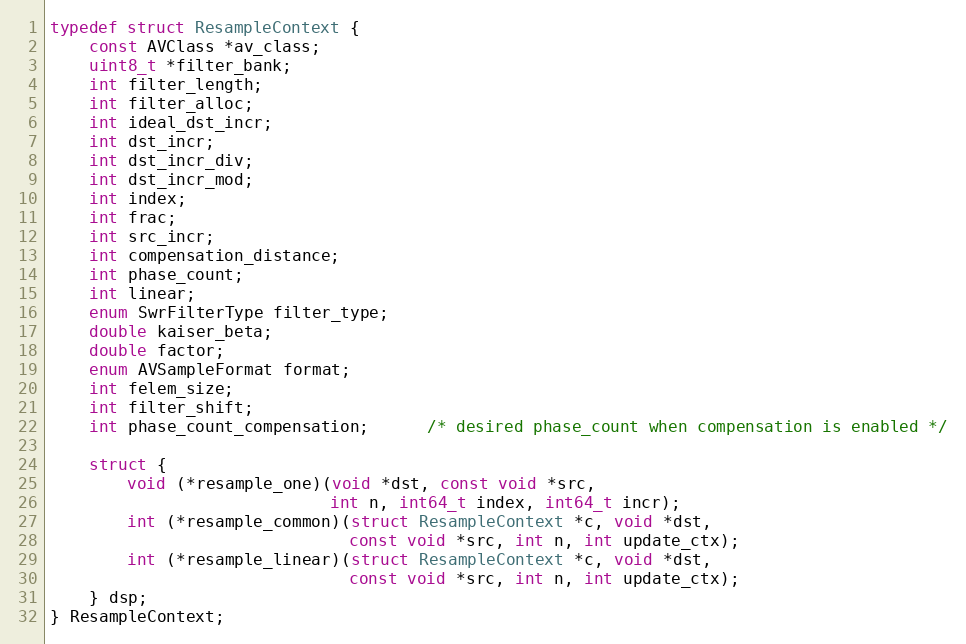
Language: C
typedef struct ResampleContext {
    const AVClass *av_class;
    uint8_t *filter_bank;
    int filter_length;
    int filter_alloc;
    int ideal_dst_incr;
    int dst_incr;
    int dst_incr_div;
    int dst_incr_mod;
    int index;
    int frac;
    int src_incr;
    int compensation_distance;
    int phase_count;
    int linear;
    enum SwrFilterType filter_type;
    double kaiser_beta;
    double factor;
    enum AVSampleFormat format;
    int felem_size;
    int filter_shift;
    int phase_count_compensation;      /* desired phase_count when compensation is enabled */

    struct {
        void (*resample_one)(void *dst, const void *src,
                             int n, int64_t index, int64_t incr);
        int (*resample_common)(struct ResampleContext *c, void *dst,
                               const void *src, int n, int update_ctx);
        int (*resample_linear)(struct ResampleContext *c, void *dst,
                               const void *src, int n, int update_ctx);
    } dsp;
} ResampleContext;